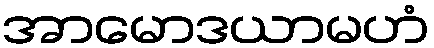
အာမောဒယာမဟံ